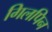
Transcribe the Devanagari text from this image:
गिलपिन